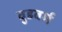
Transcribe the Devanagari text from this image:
वुडवर्म